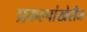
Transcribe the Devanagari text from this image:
प्रकल्पांखेरीज